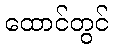
ထောင်တွင်